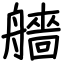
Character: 艢